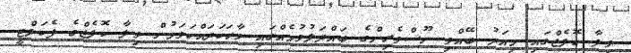
ވިލާ ކޮލެޖްގައި މިއަދު ބޭއްވި ނޫސްވެރިންގެ ބައްދަލުވުމެއްގައި ވާހަކަދައްކަވަމުން ވިލާ ކޮލެޖްގެ ފެކަލްޓީ